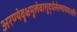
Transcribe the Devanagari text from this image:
अरण्येवृक्षमूलेवाशुद्धेसंस्थापयत्यपि